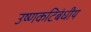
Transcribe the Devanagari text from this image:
उष्‍णकटिबंधीय